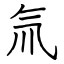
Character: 氚